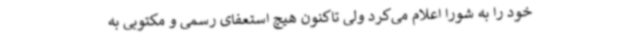
خود را به شورا اعلام می‌کرد ولی تاکنون هیچ استعفای رسمی و مکتوبی به